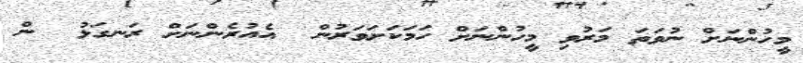
މީހުންނަށް ނުވަތަ މަރުވި މީހުންނަށް ހަމަކަށަވަރުން  އެއުރެންނަށް ރަނގަޅު  ން